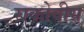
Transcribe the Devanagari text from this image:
राकोवीय